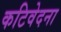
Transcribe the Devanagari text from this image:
कटिवेदना